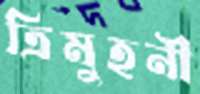
ত্রিমুহনী